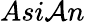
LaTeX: Asi\mathcal{A}n